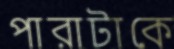
পারাটাকে